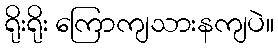
ရိုးရိုး ကြောကျသားနကျပဲ။